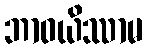
ဘာဝယိဿာမ